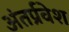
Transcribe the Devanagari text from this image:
अंतर्प्रवेश